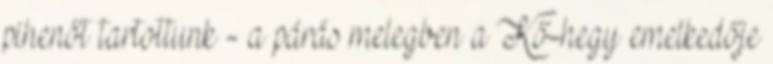
pihenőt tartottunk - a párás melegben a Kő-hegy emelkedője